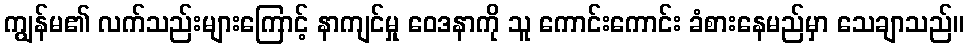
ကျွန်မ၏ လက်သည်းများကြောင့် နာကျင်မှု ဝေဒနာကို သူ ကောင်းကောင်း ခံစားနေမည်မှာ သေချာသည်။